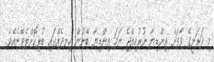
މި ދަރަނީގެ ވާފަށް އިންޑިޔާ ނުރުހިއްޖެ ނަމަ އިންޑިޔާ ބޭނުން ހިނދެއްގައި ބުރިކޮށްލެވޭނެއެވެ.